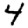
Digit: 4